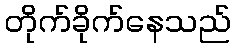
တိုက်ခိုက်နေသည်